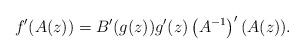
LaTeX: \begin{align*} f'(A(z))=B'(g(z)) g'(z) \left(A^{-1}\right)'(A(z)). \end{align*}